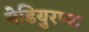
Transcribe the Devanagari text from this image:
येडियुरप्पा